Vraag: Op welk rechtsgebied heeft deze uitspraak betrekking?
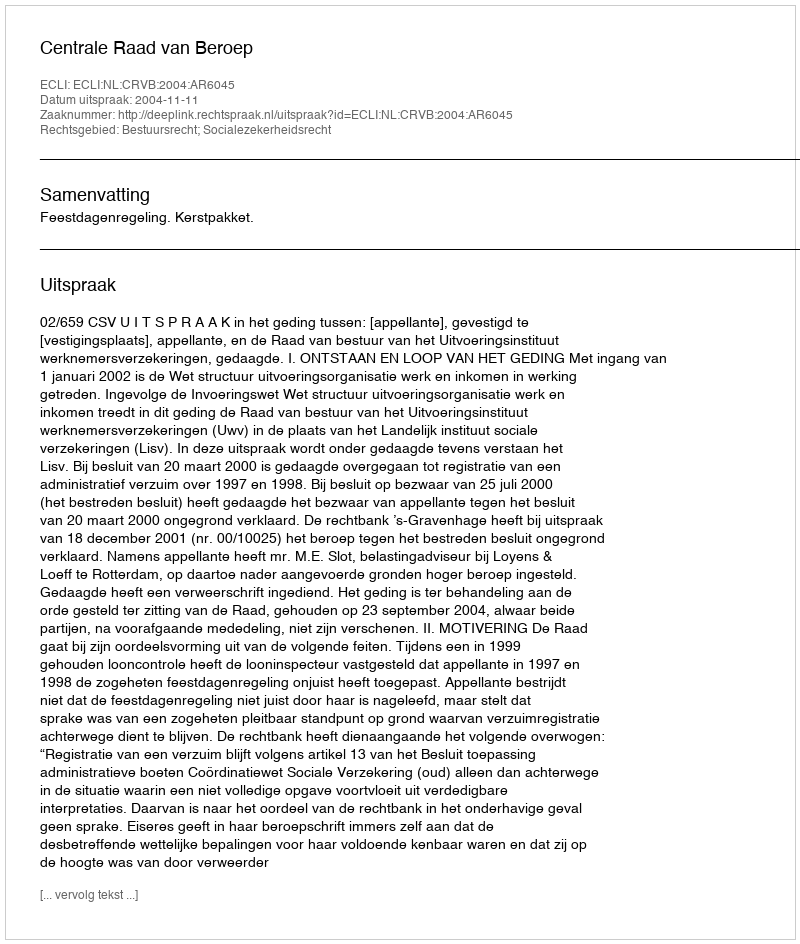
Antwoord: Bestuursrecht; Socialezekerheidsrecht